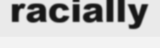
racially